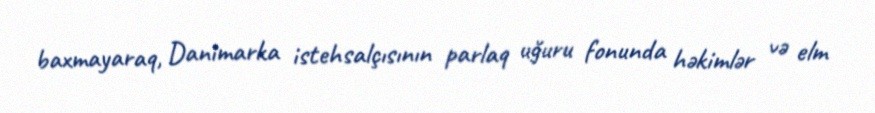
baxmayaraq, Danimarka istehsalçısının parlaq uğuru fonunda həkimlər və elm